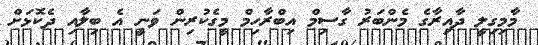
މާމިގިލީ ދާއިރާގެ މެންބަރު ގާސިމް އިބްރާހިމް މީގެކުރިން ވަނީ އެ ބިލާއި ދެކޮޅަށް